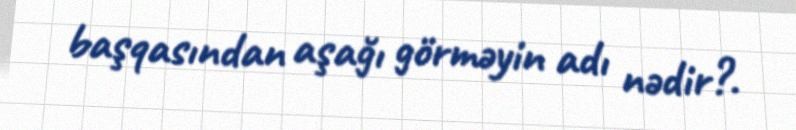
başqasından aşağı görməyin adı nədir?.